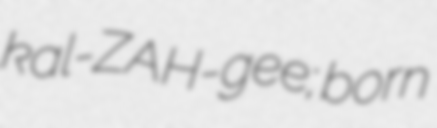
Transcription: kal-ZAH-gee; born